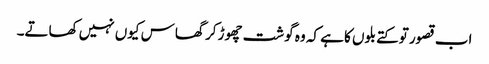
اب قصور تو کتے بلوں کا ہے کہ وہ گوشت چھوڑ کر گھاس کیوں نہیں کھاتے۔